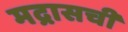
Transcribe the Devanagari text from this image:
मद्रासची